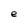
Character: e